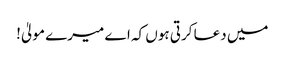
میں دعا کرتی ہوں کہ اے میرے مولیٰ!